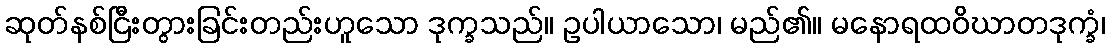
ဆုတ်နစ်ငြီးတွားခြင်းတည်းဟူသော ဒုက္ခသည်။ ဥပါယာသော၊ မည်၏။ မနောရထဝိဃာတဒုက္ခံ၊